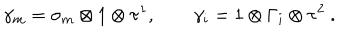
\gamma _ { m } = \sigma _ { m } \otimes 1 \otimes \tau ^ { 1 } , \qquad \gamma _ { i } = 1 \otimes \Gamma _ { i } \otimes \tau ^ { 2 } \ .